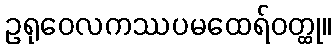
ဥရုဝေလကဿပမထေရ်ဝတ္ထု။